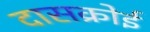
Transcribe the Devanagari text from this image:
दासक्रोई